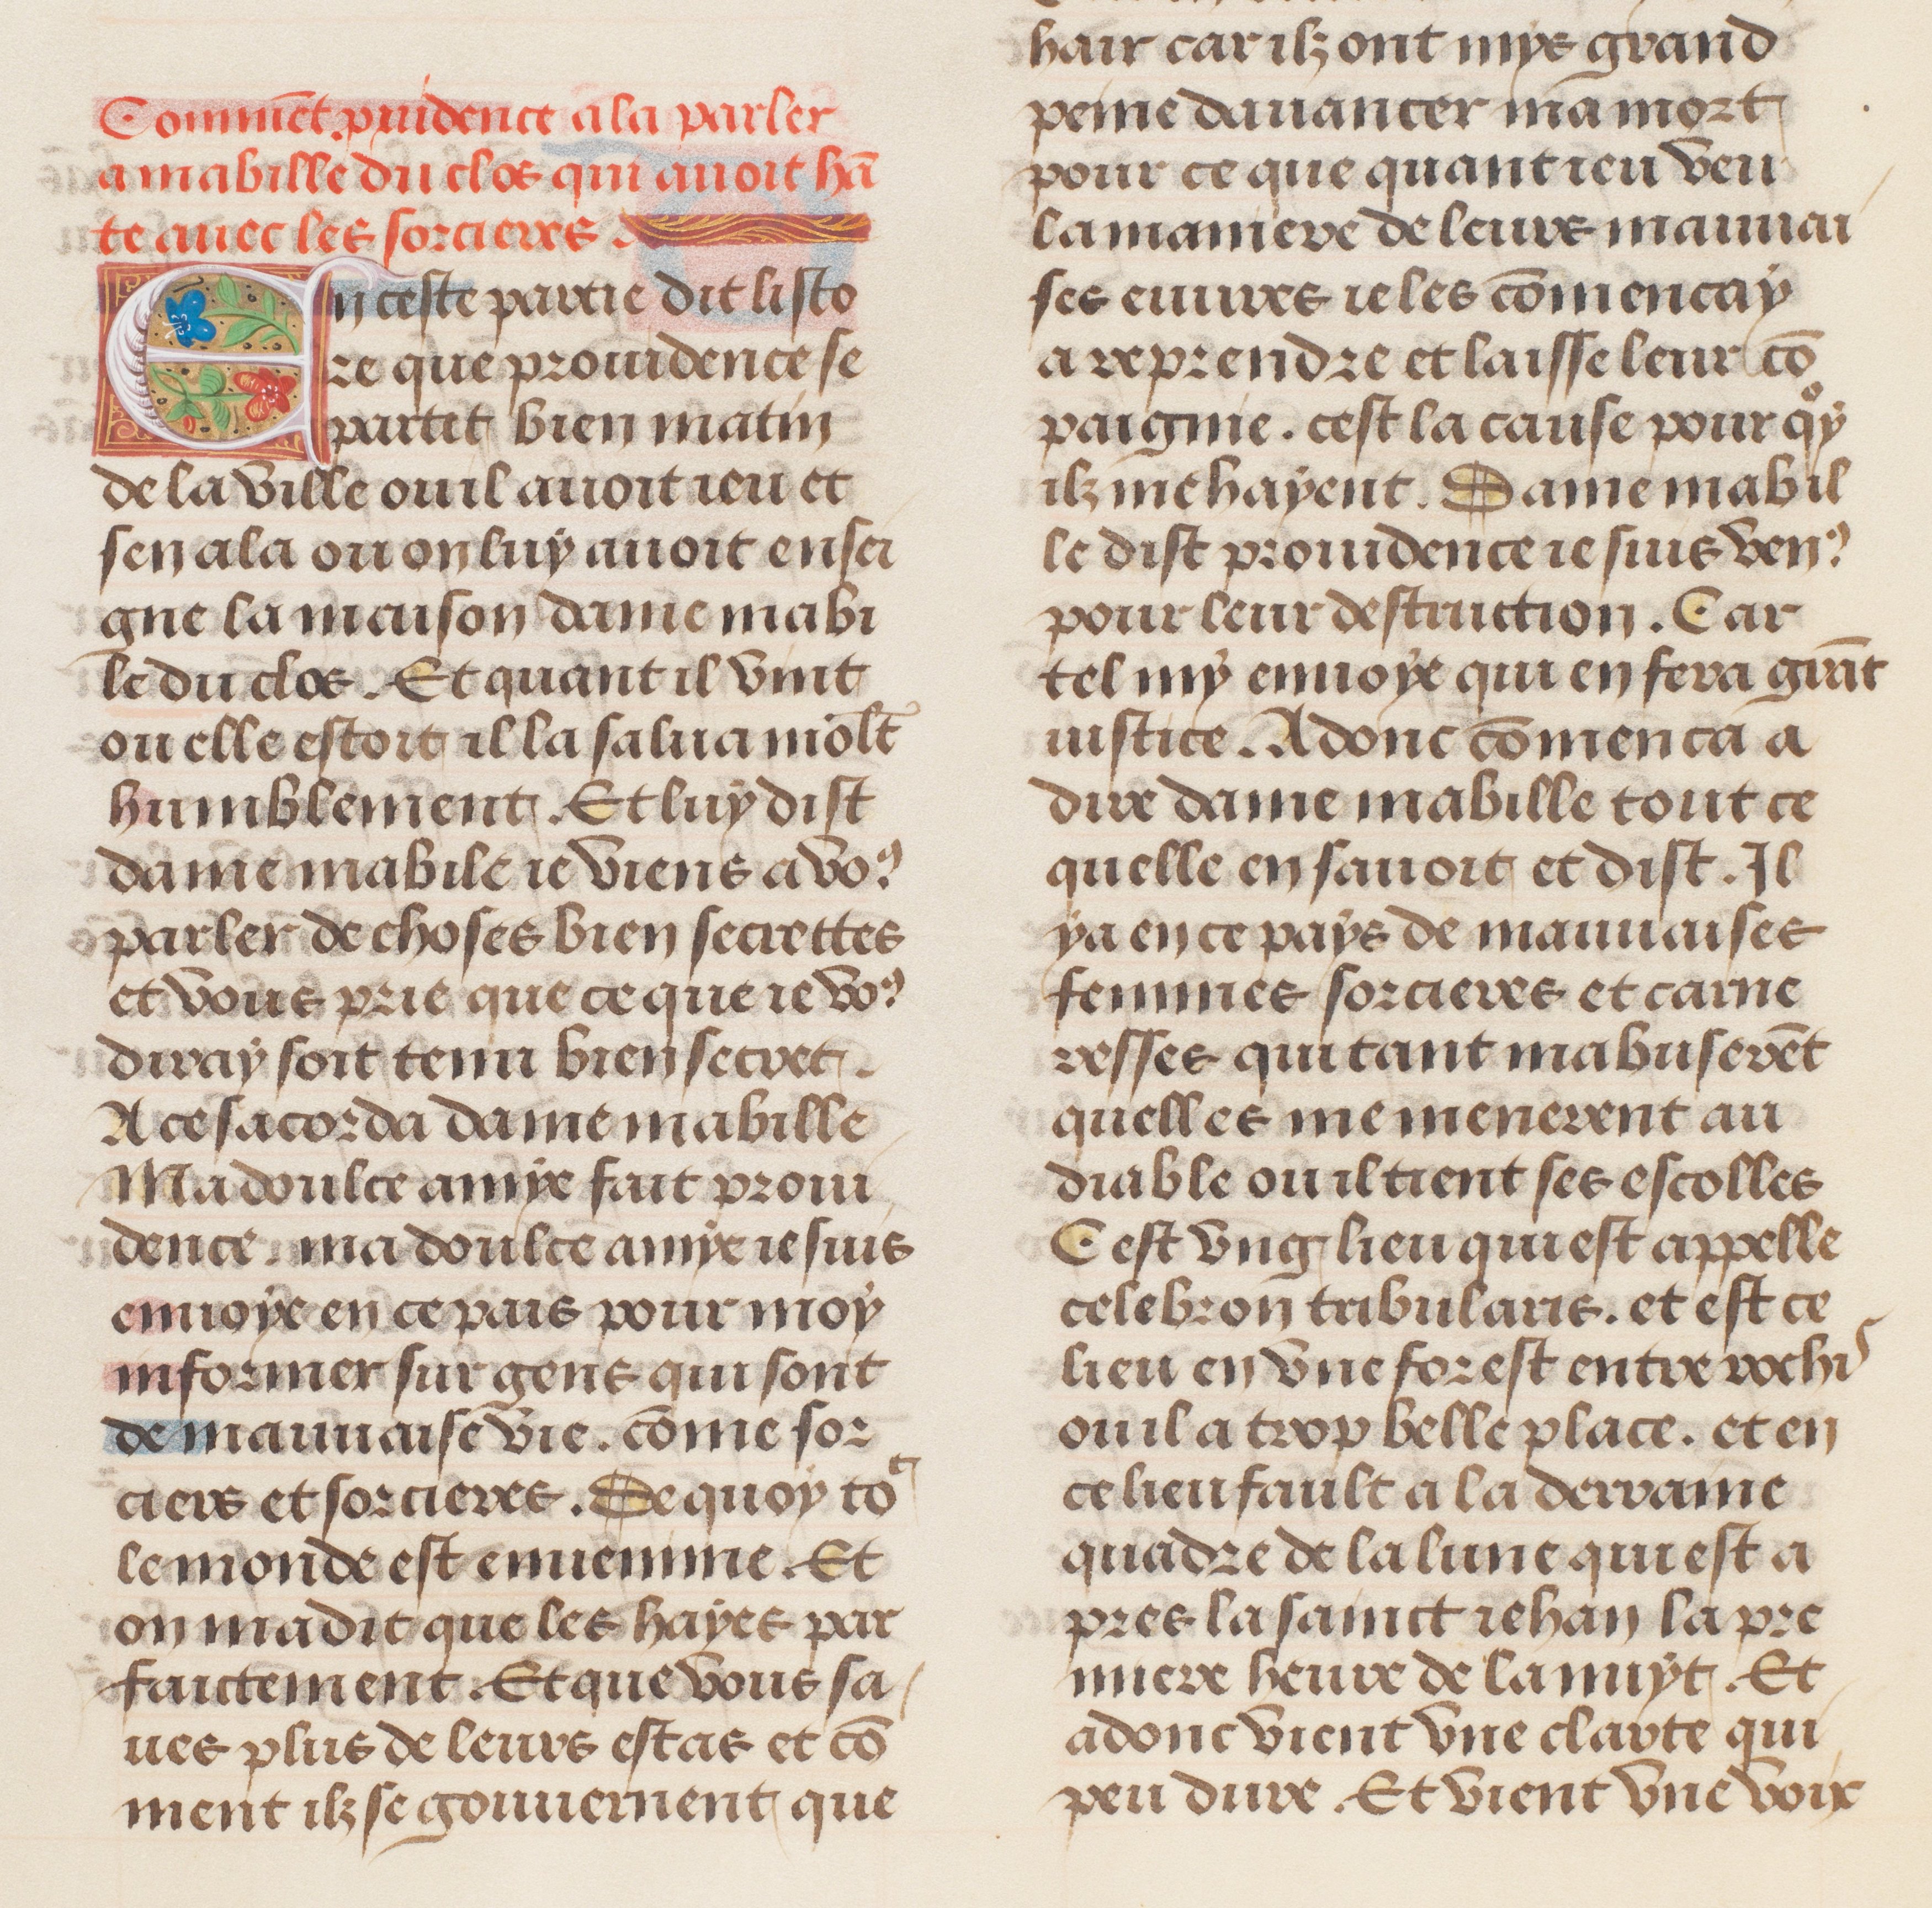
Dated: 1491–1498